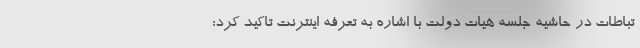
تباطات در حاشیه جلسه هیات دولت با اشاره به تعرفه اینترنت تاکید کرد: